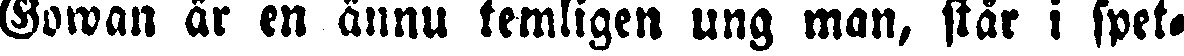
Gowan är en ännu temligen ung man, står i spet-